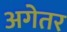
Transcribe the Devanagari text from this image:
अगेतर